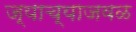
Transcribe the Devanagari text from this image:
ज्याच्याजवळ